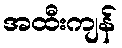
အထီးကျန်